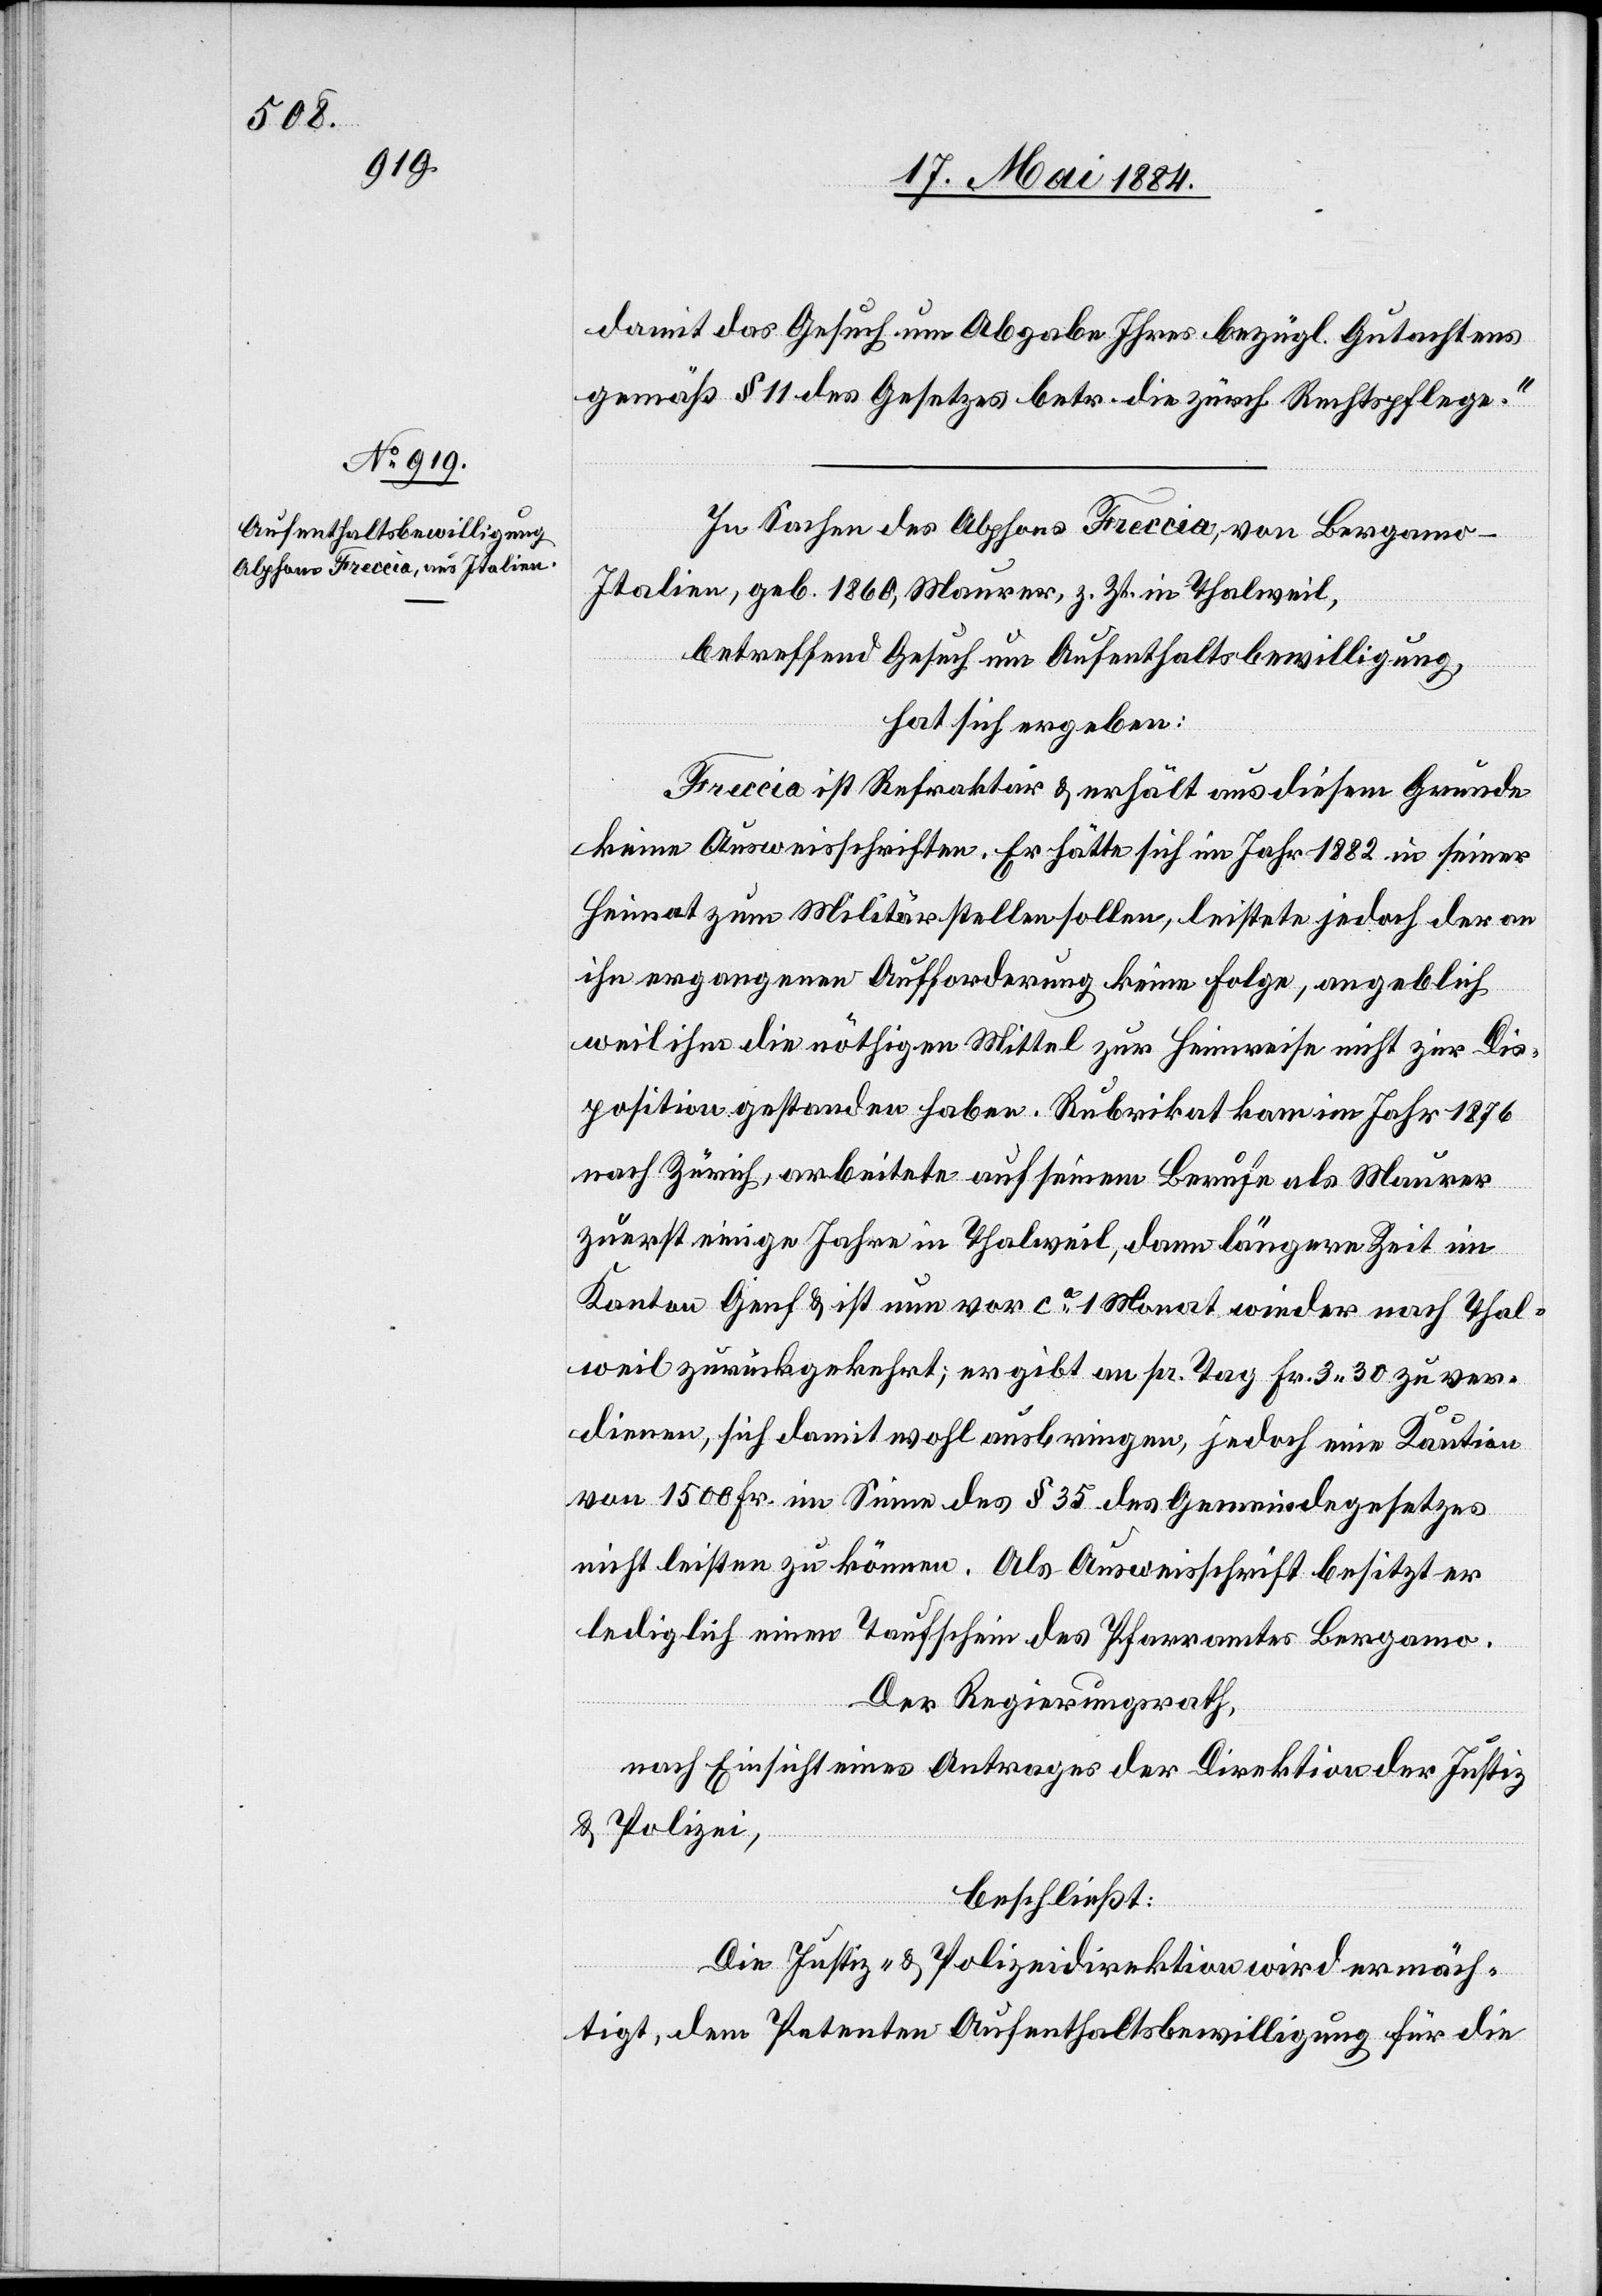
damit das Gesuch um Abgabe Ihres bezügl. Gutachtens
gemäß § 11 des Gesetzes betr. die zürch. Rechtspflege.“
In Sachen des Alphons Freccia, von Bergamo -
Italien, geb. 1860, Maurer, z. Zt. in Thalweil,
betreffend Gesuch um Aufenthaltsbewilligung,
hat sich ergeben:
Freccia ist Refraktär & erhält aus diesem Grunde
keine Ausweisschriften. Er hätte sich im Jahr 1882 in seiner
Heimat zum Militär stellen sollen, leistete jedoch der an
ihn ergangenen Aufforderung keine Folge, angeblich
weil ihm die nöthigen Mittel zur Heimreise nicht zur Dis¬
position gestanden haben. Rubrikat kam im Jahr 1876
nach Zürich, arbeitete auf seinem Berufe als Maurer
zuerst einige Jahre in Thalweil, dann längere Zeit im
Kanton Genf & ist nun vor ca 1 Monat wieder nach Thal¬
weil zurückgekehrt; er gibt an pr. Tag Fr. 3 30 zu ver¬
dienen, sich damit wohl auszubringen, jedoch eine Kaution
von 1500 Fr. im Sinne des § 35 des Gemeindegesetzes
nicht leisten zu können. Als Ausweisschrift besitzt er
lediglich einen Taufschein des Pfarramtes Bergamo.
Der Regierungsrath,
nach Einsicht eines Antrages der Direktion der Justiz-
& Polizei,
beschließt:
Die Justiz- & Polizeidirektion wird ermäch¬
tigt, dem Petenten Aufenthaltsbewilligung für die